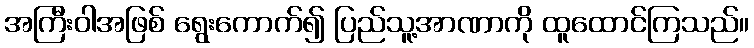
အကြီးဝါအဖြစ် ရွေးကောက်၍ ပြည်သူ့အာဏာကို ထူထောင်ကြသည်။